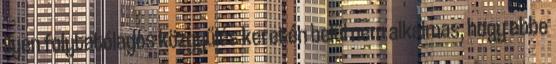
ilyen folytatólagos közgyűlés keretén belül nem alkalmas, hogy ebbe